Report on vaccination in the Province of Bengal - 1869-1873
Year: 1869
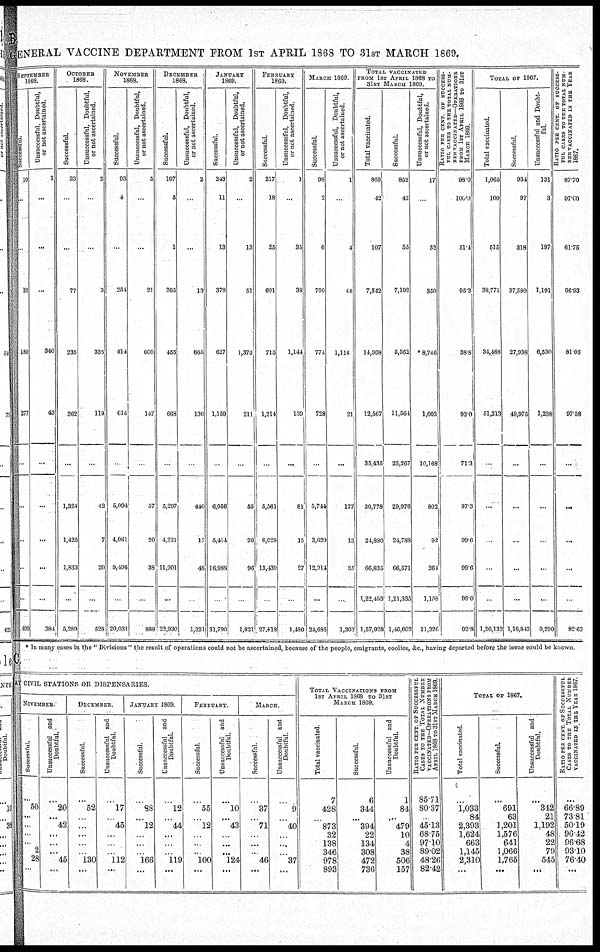
B.
GENERAL VACCINE DEPARTMENT FROM 1ST APRIL 1868 TO 31ST MARCH 1869.
SEPTEMBER
1868.
Successful.
10
...
...
32
180
277
...
...
...
...
...
199
Unsuccessful, Doubtful,
or not ascertained.
1
...
...
...
340
43
...
...
...
...
...
384
OCTOBER
1868.
Successful.
33
...
...
77
235
362
...
1,324
1,425
1,833
...
5,289
Unsuccessful, Doubtful,
or not ascertained.
2
...
...
3
335
119
...
43
7
20
...
528
NOVEMBER
1868.
Successful.
93
4
...
254
414
61.5
...
5,094
4,061
9,496
...
20,031
Unsuccessful, Doubtful,
or not ascertained.
5
..
...
21
600
147
...
57
20
38
...
888
DECEMBER
1868.
Successful.
107
5
1
265
455
668
...
5,297
1,231
11,901
...
22,930
Unsuccessful, Doubtful,
or not ascertained.
2
..
...
13
665
136
...
440
17
48
...
1,321
JANUARY
1869.
Successful.
243
11
13
379
627
1,159
...
6,956
5,411
16,988
...
31,790
Unsuccessful, Doubtful,
or not ascertained.
2
..
13
51
1,373
211
...
55
20
96
...
1,821
FEBRUARY
1869.
Successful.
217
18
25
601
715
1,214
...
5,561
6,028
13,439
...
27,818
Unsuccessful, Doubtful,
or not ascertained.
1
...
35
38
1,141
139
...
81
15
27
...
1,480
MARCH 1869.
Successful.
98
2
6
790
774
728
...
5,744
3,629
12,914
...
24,685
Unsuccessful, Doubtful,
or not ascertained.
1
...
4
48
1,114
21
...
127
13
35
...
1,363
TOTAL VACCINATED
FROM 1ST APRIL 1868 TO
31ST MARCH 1869.
Total vaccinated.
869
42
107
7,542
11,308
12,567
35,435
30,778
24,880
66,835
1,22,493
1,57,928
Successful.
852
42
55
7,192
5,562
11,564
25,267
29,976
24,788
66,571
1,21,335
1,46,602
Unsuccessful, Doubtful,
or not ascertained.
17
..
52
350
*8,746
1,003
10,168
802
92
264
1,158
11,326
RATIO PER CENT OF SUCCESS-
--- CASES TO THE TOTAL NUM-
--- VACCINATED—OPERATIONS
FROM 1ST APRIL 1868 TO 31ST
MARCH 1869.
98.0
100.0
51.4
95.3
38.8
92.0
71.3
97.3
99.6
99.6
99.0
92.8
TOTAL OF 1867.
Total vaccinated.
1,065
100
515
38,771
34,468
51,213
...
...
...
...
...
1,26,132
Successful.
934
97
318
37,580
27,938
49,975
...
...
...
...
...
1,16,842
Unsuccessful and Doubt-
ful.
131
3
197
1,191
6,530
1,238
...
...
...
...
...
9,290
RATIO PER CENT OF SUCCESS-
--- CASES TO THE TOTAL NUM-
--- VACCINATED IN THE YEAR
1867.
87.70
97.00
61.75
96.93
81.05
97.58
...
...
...
...
...
92.63
* In many cases in the " Divisions " the result of operations could not be ascertained, because of the people, emigrants, coolies, &c., having departed before the issue could be known.
C.
AT CIVIL STATIONS OR DISPENSARIES.
NOVEMBER.
Successful
...
50
...
...
...
...
2
28
...
Unsuccessful and
Doubtful.
...
20
... 42
...
...
...
45
...
DECEMBER.
Successful.
...
52
... ...
...
...
...
130
...
Unsuccessful and
Doubtful.
...
17
... 45
...
...
..
112
...
JANUARY 1869.
Successful.
...
38
... 12
... ...
...
166
...
Unsuccessful and
Doubtful.
...
12
... 44
...
...
...
119
...
FEBRUARY.
Successful.
...
55
... 12
... ..
..
100
...
Unsuccessful and
Doubtful.
...
10
... 43
...
...
...
124
...
MARCH
Successful.
...
37
.. 71
... ...
...
46
...
Unsuccessful and
Doubtful
...
9
... 40
...
...
...
37
...
TOTAL VACCINATIONS FROM
1ST APRIL 1868 TO 31ST
MARCH 1869.
Total vaccinated
7
428
...
873
32
138
346
978
893
Successful.
6
344
... 394
22
134
308
472
736
Unsuccessful and
Doubtful.
1
84
...
479
10
4
38
506
157
RATIO PER CENT. OF SUCCESSFUL
CASES TO THE TOTAL NUMBER
VACCINATED—OPERATIONS FROM
APRIL 1868 TO 31ST MARCH 1869
85.71
80.37
... 45.13
68.75
97.10
89.02
48.26
82.42
TOTAL OF 1867.
Total vaccinated.
...
1,033
84
2,393
1,624
663
1,145
2,310
...
Successful.
...
691
63
1,201
1,576
641
1,066
1,765
...
Unsuccessful and
Doubtful.
...
342
21
1,192
48
22
79
545
...
RATIO PER CENT OF SUCCESSFUL
CASES TO THE TOTAL NUMBER
VACCINATED IN THE TEAR 1867.
...
66.89
73.81
50.19
96.42
96.68
93.10
76.40
...